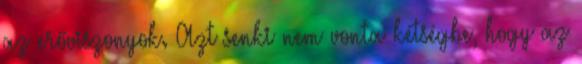
az erőviszonyok. Azt senki nem vonta kétségbe, hogy az